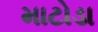
માટોડા